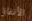
الأنفاق